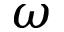
\omega